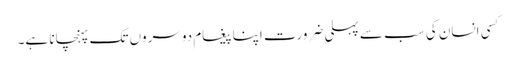
کسی انسان کی سب سے پہلی ضرورت اپنا پیغام دوسروں تک پہنچانا ہے۔